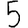
Digit: 5